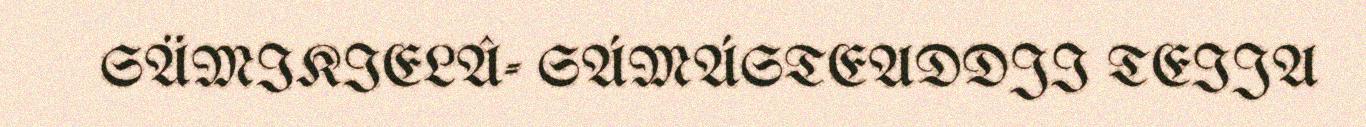
SÄMIKIELÂ- SÁMÁSTEADDJI TEIJA